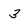
Character: 3